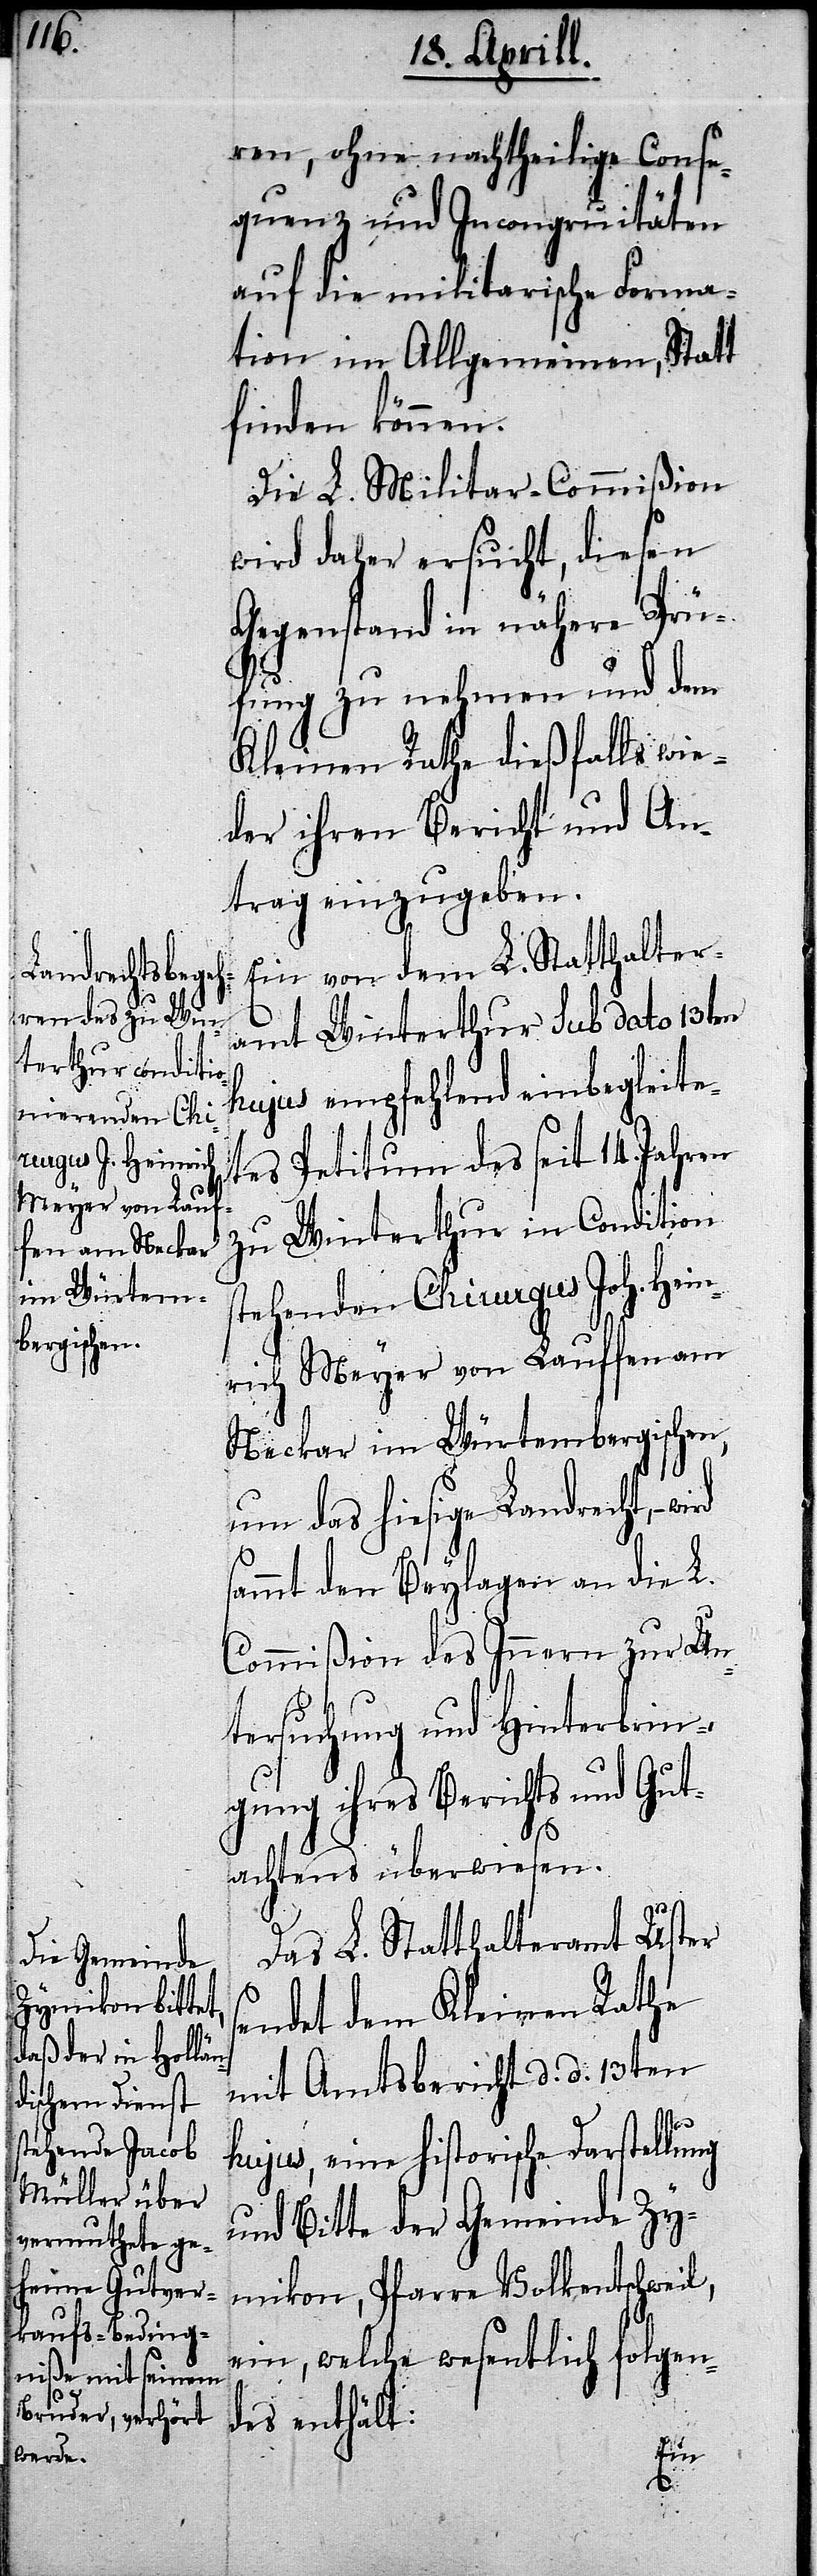
ren, ohne nachtheilige Conse¬
quenz und Incongruitäten
auf die militarische Forma¬
tion im Allgemeinen, Statt
finden können.
Die L. Militar-Commißion
wird daher ersucht, diesen
Gegenstand in nähere Prü¬
fung zu nehmen und dem
Kleinen Rathe dießfalls wie¬
der ihren Bericht und An¬
trag einzugeben.
Ein von dem L. Statthalter¬
amt Winterthur sub dato 13ten
hujus empfehlend einbegleite¬
tes Petitum des seit 14. Jahren
zu Winterthur in Condition
stehenden Chirurgus Joh. Hein¬
rich Meyer von Lauffen am
Neckar im Würtembergischen,
um das hiesige Landrecht,–
sammt den Beylagen an die L.
s¬
Commißion des Innern zur Un¬
tersuchung und Hinterbrin¬
gung ihre Berichts und Gut¬
achtens überwiesen.
Das L. Statthalteramt Uster
endet dem Kleinen Rathe
mit Amtsbericht d. d. 13ten
hujus, eine historische Darstellung
und Bitte der Gemeinde Zy¬
mikon, Pfarre Volkentschweil,
ein, welche wesentlich folgen¬
des enthält: